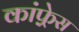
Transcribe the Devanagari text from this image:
कांफ़्रेस